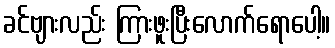
ခင်ဗျားလည်း ကြားဖူးပြီးလောက်ရောပေါ့။